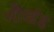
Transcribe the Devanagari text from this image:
नौखंड